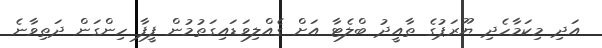
އަދި މިކަމާހެދި ޔޫރަޕުގެ ތާއީދު ބްލެޓާ އަށް ގެއްލިވަޑައިގަތުމުން ފީފާ ހިންގަން ދަތިވާނެ